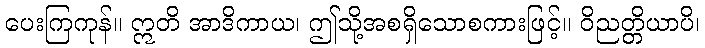
ပေးကြကုန်။ ဣတိ အာဒိကာယ၊ ဤသို့အစရှိသောစကားဖြင့်။ ဝိညတ္တိယာပိ၊